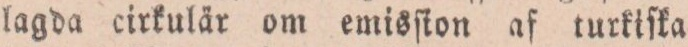
lagda cirkulär om emisſton af turkifka